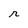
Character: r